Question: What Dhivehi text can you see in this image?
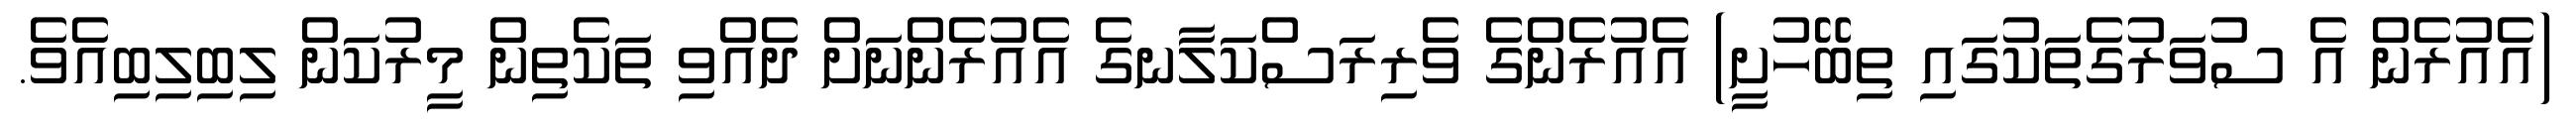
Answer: (އެއުރެން އެ ސުވަރުގެތަކުގައި ތިބޭހުށީ) އެއުރެންގެ ވެރިރަސްކަލާނގެ އެއުރެންނަށް ދެއްވި ތަކެތިން މީރުކަން ލިބިލިބިއެވެ.